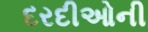
દરદીઓની